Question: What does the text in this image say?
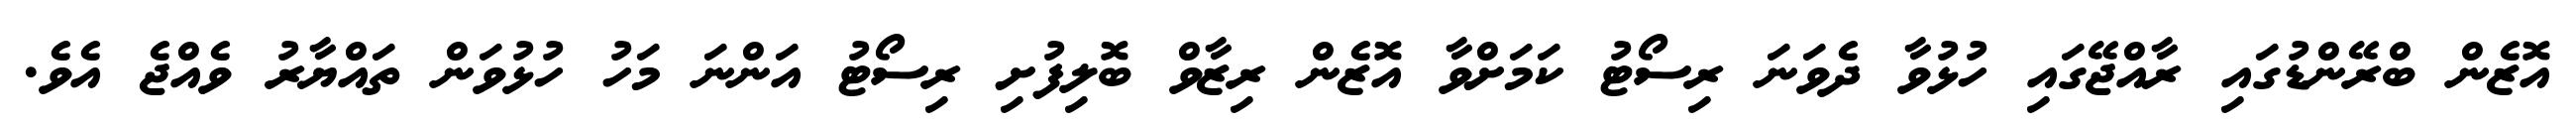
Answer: އޮޒެން ބްރޭންޑުގައި ރާއްޖޭގައި ހުޅުވާ ދެވަނަ ރިސޯޓު ކަމަށްވާ އޮޒެން ރިޒާވް ބޮލިފުށި ރިސޯޓު އަންނަ މަހު ހުޅުވަން ތައްޔާރު ވެއްޖެ އެވެ.